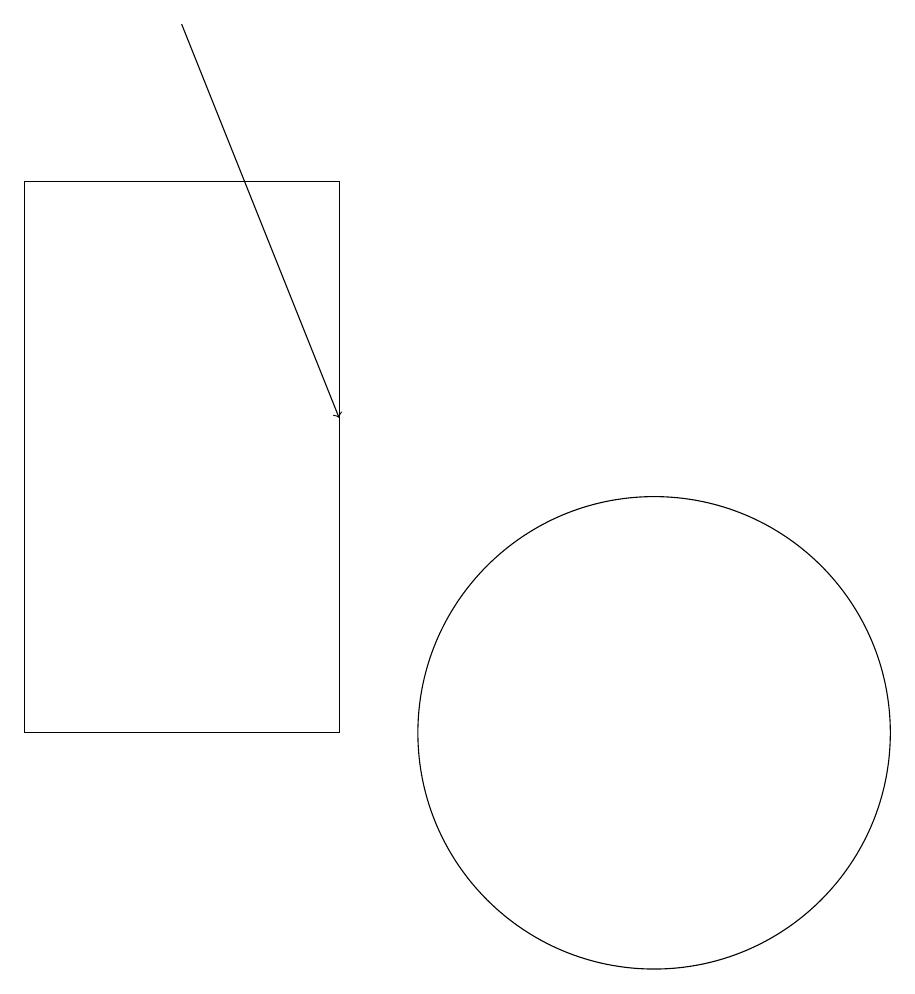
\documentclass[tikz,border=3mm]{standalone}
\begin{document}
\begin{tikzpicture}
\draw (6,10) rectangle (2,17);
\draw (10,10) circle (3);
\draw[->] (4,19) -- (6,14);
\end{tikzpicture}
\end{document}